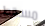
مسقط